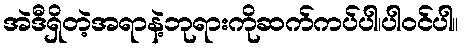
အဲဒီရှိတဲ့အရာနဲ့ဘုရားကိုဆက်ကပ်ပါ၊ပါဝင်ပါ။